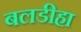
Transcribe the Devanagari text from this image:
बलडीहा